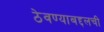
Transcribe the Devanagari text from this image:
ठेवण्याबद्दलची